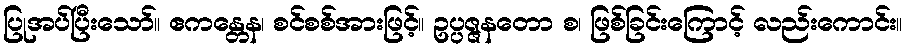
ပြုအပ်ပြီးသော်။ ဧကန္တေန၊ စင်စစ်အားဖြင့်။ ဥပ္ပဇ္ဇနတော စ၊ ဖြစ်ခြင်းကြောင့် လည်းကောင်း။